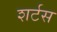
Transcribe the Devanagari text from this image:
शर्टस